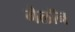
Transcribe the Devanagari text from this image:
गैलॉन